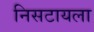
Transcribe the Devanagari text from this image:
निसटायला